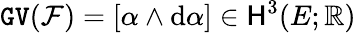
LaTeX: \mathtt{GV}({\mathcal F})=[\alpha\wedge\mathrm{d}\alpha]\in{\mathsf{H}}^{3}(E;\mathbb{R})